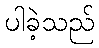
ပါခဲ့သည်